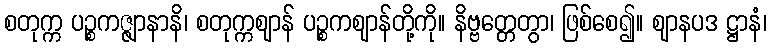
စတုက္က ပဉ္စကဇ္ဇျာနာနိ၊ စတုက္ကဈာန် ပဉ္စကဈာန်တို့ကို။ နိဗ္ဗတ္တေတွာ၊ ဖြစ်စေ၍။ ဈာနပဒ ဋ္ဌာနံ၊